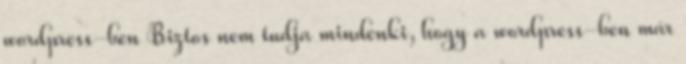
wordpress-ben Biztos nem tudja mindenki, hogy a wordpress-ben már